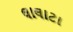
લાલાટા